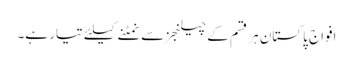
افواج پاکستان ہر قسم کے چیلنجز سے نمٹنے کیلئے تیار ہے۔